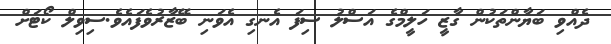
ދެއްވި ބަޔާންތަކުން ގާޒީ ހަލީމްގެ އަސްލު ސިފަ އެނގި އެވަނި ބޭޒާރުވެފައެވެ.ސިވިލް ކޯޓަށް